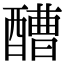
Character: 醩